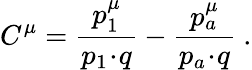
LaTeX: C^{\mu}=\frac{p_{1}^{\mu}}{p_{1}\! \cdot\! q}-\frac{p_{a}^{\mu}}{p_{a}\! \cdot\! q}\ .